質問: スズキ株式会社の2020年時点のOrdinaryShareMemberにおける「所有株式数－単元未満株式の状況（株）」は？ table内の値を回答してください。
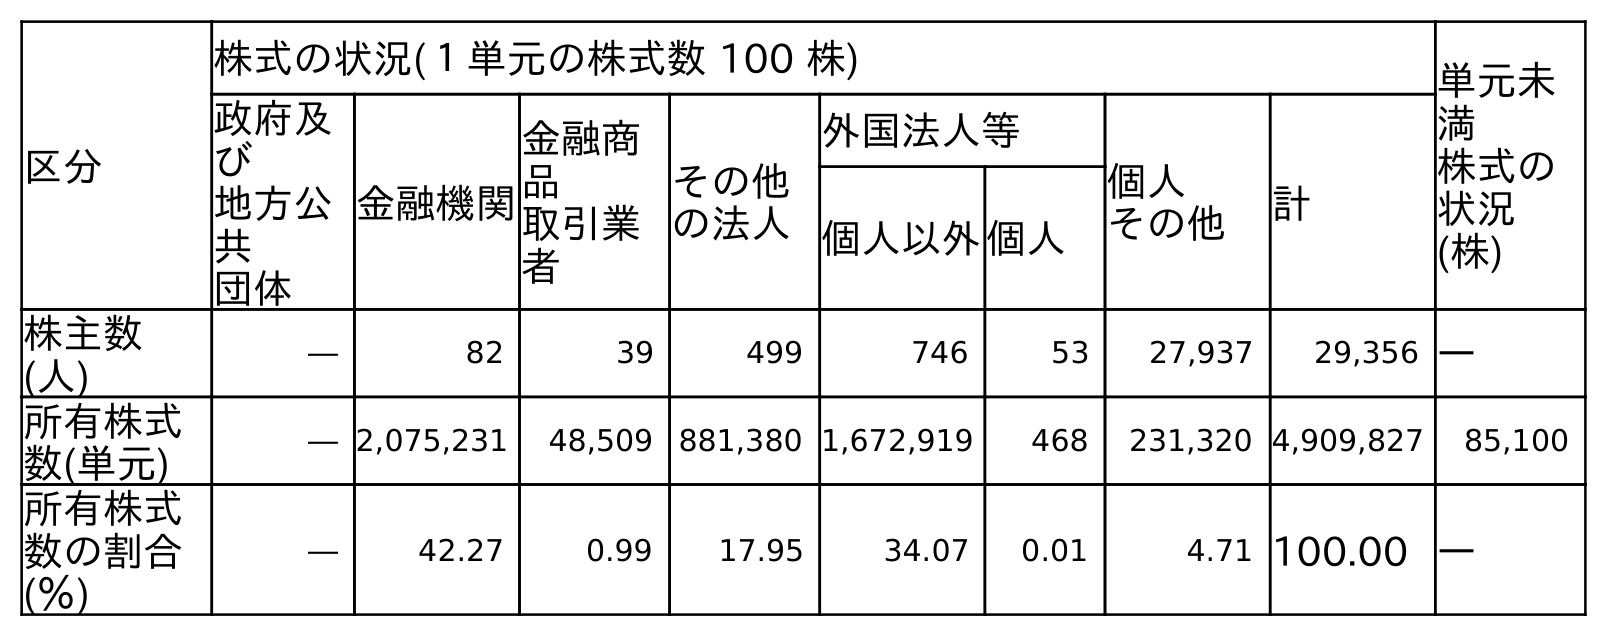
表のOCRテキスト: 区分 株式の状況(１単元の株式数 100 株) 単元未 満 株式の 状況 (株) 政府及 び 地方公 共 団体 金融機関 金融商 品 取引業 者 その他 の法人 外国法人等 個人 その他 計 個人以外個人 株主数 (人) ― 82 39 499 746 53 27,937 29,356 ― 所有株式 数(単元) ― 2,075,231 48,509 881,380 1,672,919 468 231,320 4,909,827 85,100 所有株式 数の割合 (％) ― 42.27 0.99 17.95 34.07 0.01 4.71 100.00 ―
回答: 85,100